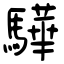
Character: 驊